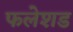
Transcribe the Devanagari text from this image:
फलेशड